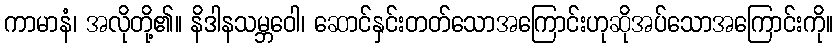
ကာမာနံ၊ အလိုတို့၏။ နိဒါနသမ္ဘဝေါ၊ ဆောင်နှင်းတတ်သောအကြောင်းဟုဆိုအပ်သောအကြောင်းကို။